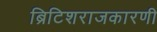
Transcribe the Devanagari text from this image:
ब्रिटिशराजकारणी